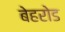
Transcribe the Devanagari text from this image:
बेहरोड